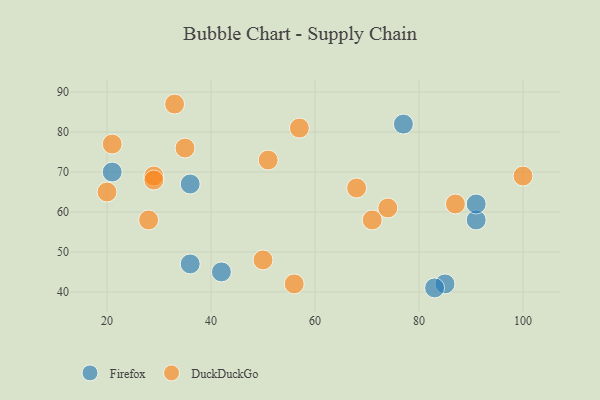
{"axis": {"x": "GDP", "y": "Life Expectancy"}, "legend": ["DuckDuckGo", "Firefox"], "data": [{"x": "85", "y": 42, "type": "Firefox"}, {"x": "42", "y": 45, "type": "Firefox"}, {"x": "36", "y": 47, "type": "Firefox"}, {"x": "91", "y": 58, "type": "Firefox"}, {"x": "91", "y": 62, "type": "Firefox"}, {"x": "77", "y": 82, "type": "Firefox"}, {"x": "21", "y": 70, "type": "Firefox"}, {"x": "83", "y": 41, "type": "Firefox"}, {"x": "36", "y": 67, "type": "Firefox"}, {"x": "100", "y": 69, "type": "DuckDuckGo"}, {"x": "56", "y": 42, "type": "DuckDuckGo"}, {"x": "68", "y": 66, "type": "DuckDuckGo"}, {"x": "20", "y": 65, "type": "DuckDuckGo"}, {"x": "29", "y": 69, "type": "DuckDuckGo"}, {"x": "71", "y": 58, "type": "DuckDuckGo"}, {"x": "74", "y": 61, "type": "DuckDuckGo"}, {"x": "35", "y": 76, "type": "DuckDuckGo"}, {"x": "50", "y": 48, "type": "DuckDuckGo"}, {"x": "87", "y": 62, "type": "DuckDuckGo"}, {"x": "33", "y": 87, "type": "DuckDuckGo"}, {"x": "51", "y": 73, "type": "DuckDuckGo"}, {"x": "21", "y": 77, "type": "DuckDuckGo"}, {"x": "57", "y": 81, "type": "DuckDuckGo"}, {"x": "28", "y": 58, "type": "DuckDuckGo"}, {"x": "29", "y": 68, "type": "DuckDuckGo"}]}